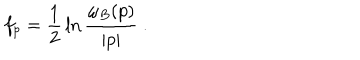
f _ { p } = { \frac { 1 } { 2 } } \ln { \frac { \omega _ { B } ( p ) } { | p | } } ~ .